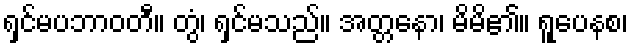
ရှင်မပဘာဝတီ။ တွံ၊ ရှင်မသည်။ အတ္တနော၊ မိမိ၏။ ရူပေနစ၊